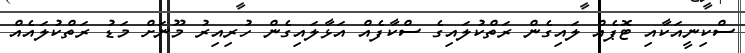
ސްކިނީއަކާއި ޓޮޕެއް ލައިގެން ރަތްކުލައިގެ ސްކާފެއް އަޅާލައިގެން ހުރިއިރު މޫނަށް މަޑު ރަތްކުލައެއް